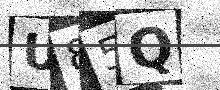
Text: U85Q